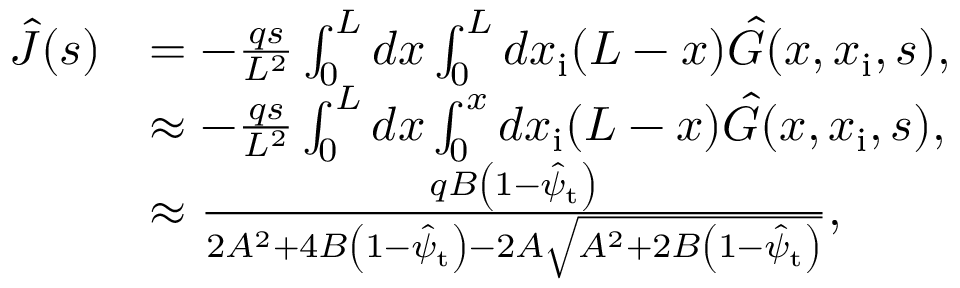
\begin{array} { r l } { \hat { J } ( s ) } & { = - \frac { q s } { L ^ { 2 } } \int _ { 0 } ^ { L } d x \int _ { 0 } ^ { L } d x _ { \mathrm { i } } ( L - x ) \hat { G } ( x , x _ { \mathrm { i } } , s ) , } \\ & { \approx - \frac { q s } { L ^ { 2 } } \int _ { 0 } ^ { L } d x \int _ { 0 } ^ { x } d x _ { \mathrm { i } } ( L - x ) \hat { G } ( x , x _ { \mathrm { i } } , s ) , } \\ & { \approx \frac { q B \left( 1 - \hat { \psi } _ { \mathrm { t } } \right) } { 2 A ^ { 2 } + 4 B \left( 1 - \hat { \psi } _ { \mathrm { t } } \right) - 2 A \sqrt { A ^ { 2 } + 2 B \left( 1 - \hat { \psi } _ { \mathrm { t } } \right) } } , } \end{array}